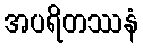
အပရိတဿနံ